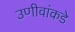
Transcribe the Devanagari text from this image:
उणीवांकडे